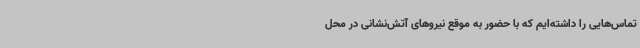
تماس‌هایی را داشته‌ایم که با حضور به موقع نیروهای آتش‌نشانی در محل